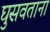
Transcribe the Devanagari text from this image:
घुसवताना